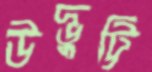
উদ্ভুট্টি